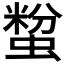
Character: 𧏟